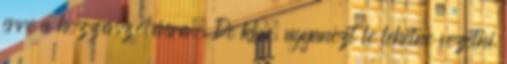
erre a hozzászólásra. De kb. ugyanezt le lehetne vezetni